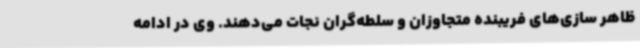
ظاهر سازی‌های فریبنده‌ متجاوزان و سلطه‌گران نجات می‌دهند. وی در ادامه